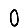
Digit: 0